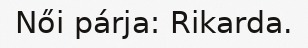
Női párja: Rikarda.